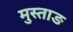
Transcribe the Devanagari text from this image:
मुस्ताङ